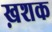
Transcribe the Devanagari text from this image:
ख़शक